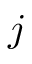
j